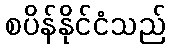
စပိန်နိုင်ငံသည်